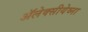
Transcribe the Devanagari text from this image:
ॲलेक्सीयेव्ना